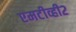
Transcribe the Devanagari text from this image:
एमटीव्ही२